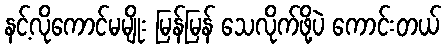
နင့်လိုကောင်မမျိုး မြန်မြန် သေလိုက်ဖို့ပဲ ကောင်းတယ်